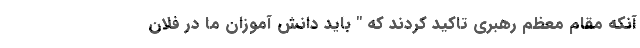
آنکه مقام معظم رهبری تاکید کردند که " باید دانش آموزان ما در فلان